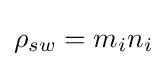
\rho _{sw}=m_{i}n_{i}